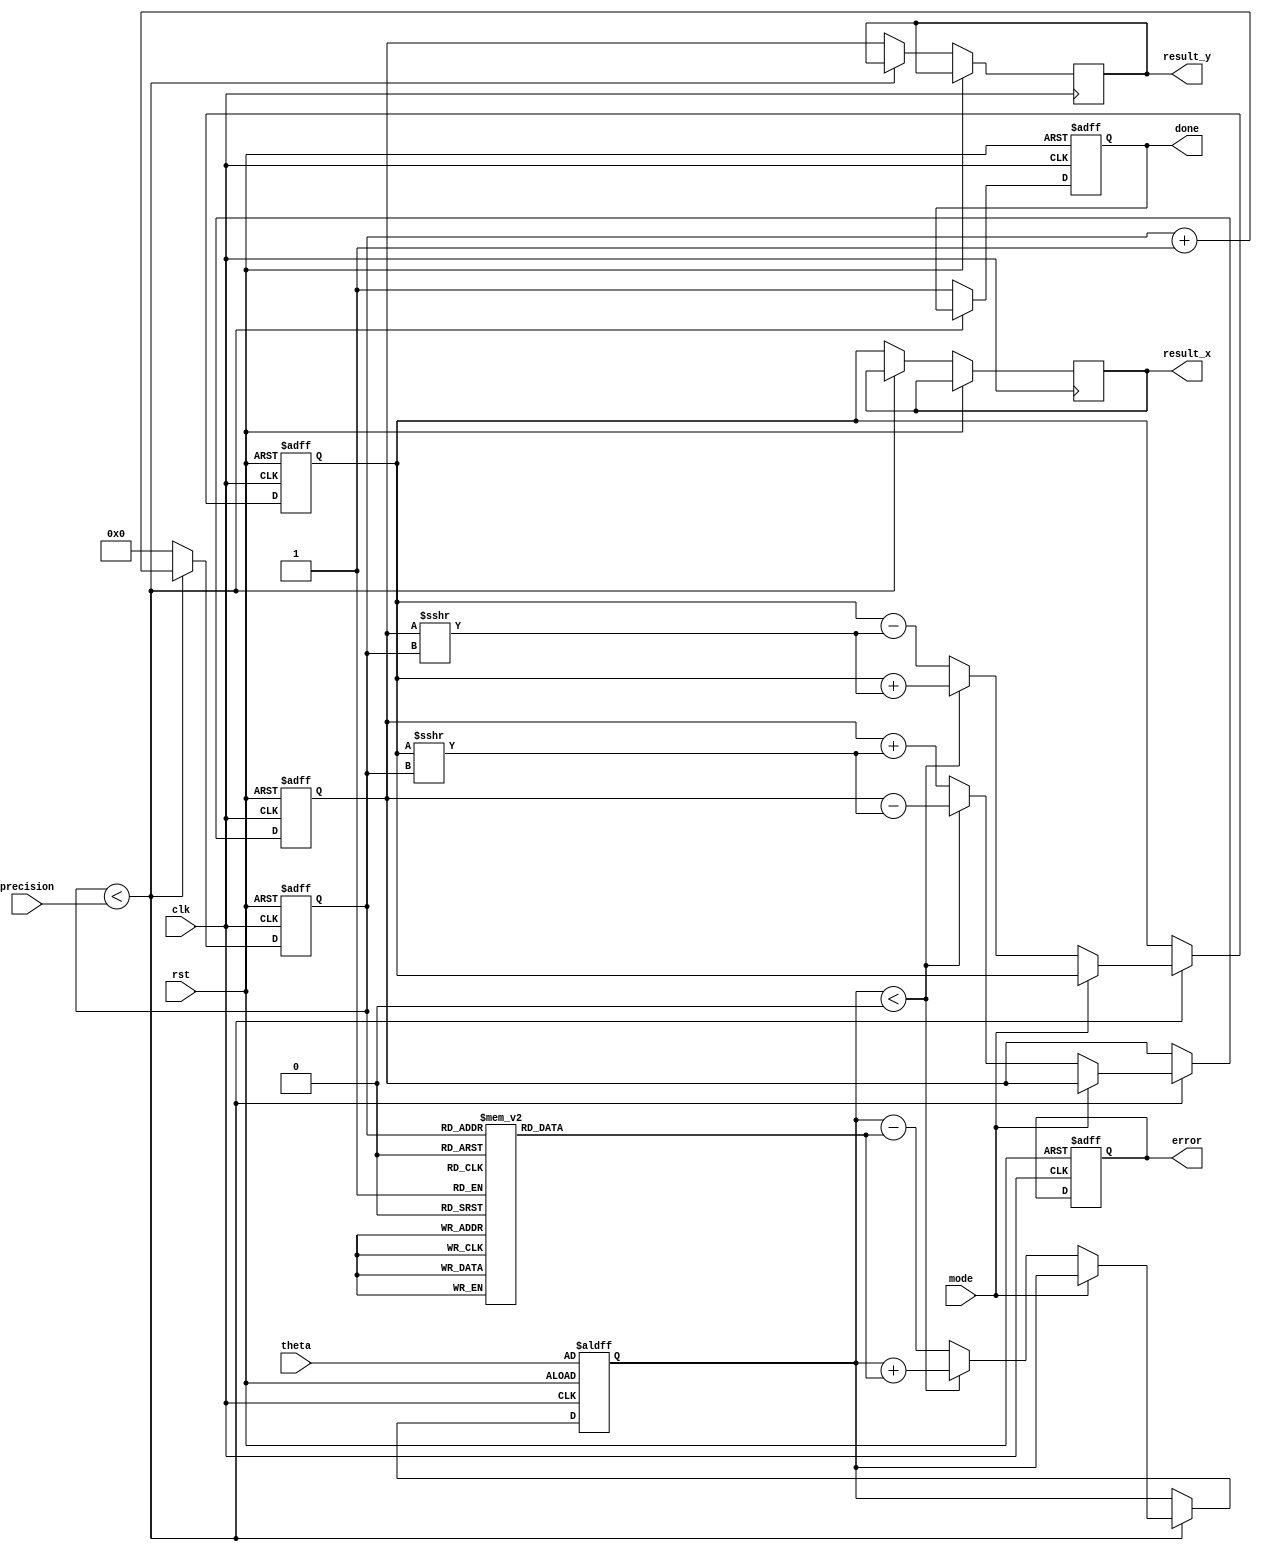
module adaptive_cordic (
    input wire clk,                     // System Clock
    input wire rst,                     // Reset Signal
    input wire [15:0] theta,            // Angle in fixed-point (16 bits)
    input wire mode,                    // Mode Control (0: Rotation, 1: Vectoring)
    input wire [3:0] precision,         // Precision Control (number of iterations)
    output reg [15:0] result_x,         // Result X
    output reg [15:0] result_y,         // Result Y
    output reg done,                    // Status Flag (Completion)
    output reg error                    // Status Flag (Error)
);

    reg [15:0] x;                       // X Coordinate
    reg [15:0] y;                       // Y Coordinate
    reg [15:0] z;                       // Angle (remaining)
    reg [3:0] iteration;                // Current iteration count
    reg [15:0] arctan_table [0:15];     // Lookup Table for arctan values

    // Initialize the arctan table (example values, need to be populated accurately)
    initial begin
        arctan_table[0] = 16'h2000; // atan(1) * 2^14
        arctan_table[1] = 16'h1400; // atan(0.5) * 2^14
        arctan_table[2] = 16'h0A00; // atan(0.25) * 2^14
        arctan_table[3] = 16'h0500; // atan(0.125) * 2^14
        // ... fill with more values as needed
    end

    // State Machine for CORDIC operations
    always @(posedge clk or posedge rst) begin
        if (rst) begin
            x <= 16'h4000; // Initial X = 1.0 in fixed-point
            y <= 16'h0000; // Initial Y = 0.0
            z <= theta;    // Load angle
            iteration <= 0; // Start iterations
            done <= 0;      // Clear done flag
            error <= 0;     // Clear error flag
        end else begin
            if (iteration < precision) begin
                if (mode == 0) begin // Rotation Mode
                    if (z < 0) begin
                        // Rotate clockwise
                        x <= x + (y >>> iteration);
                        y <= y - (x >>> iteration);
                        z <= z + arctan_table[iteration];
                    end else begin
                        // Rotate counterclockwise
                        x <= x - (y >>> iteration);
                        y <= y + (x >>> iteration);
                        z <= z - arctan_table[iteration];
                    end
                end else begin // Vectoring Mode
                    // Vectoring implementation (if needed)
                    // Similar operations as above, with mode-specific logic
                end
                iteration <= iteration + 1; // Prepare for next iteration
            end else begin
                result_x <= x; // Final results
                result_y <= y;
                done <= 1;     // Mark operation as done
                iteration <= 0; // Reset for next operation
                // Here you could also implement error checking
            end
        end
    end

endmodule